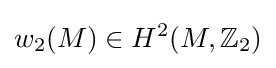
w_{2}(M)\in H^{2}(M,{\mathbb {Z} _{2}})